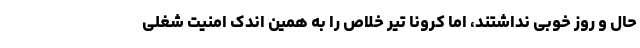
حال و روز خوبی نداشتند، اما کرونا تیر خلاص را به همین اندک امنیت شغلی